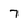
Character: 7